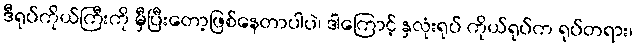
ဒီရုပ်ကိုယ်ကြီးကို မှီပြီးတော့ဖြစ်နေတာပါပဲ၊ ဒါကြောင့် နှလုံးရုပ် ကိုယ်ရုပ်က ရုပ်တရား၊